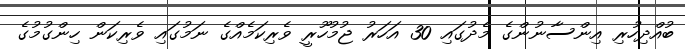
ބުއްދިހުރި އިންސާނުންގެ މެދުގައި 30 އަހަރު ޖުމުހޫރީ ވެރިކަމެއްގެ ނަމުގައި ވެރިކަން ހިންގުމުގެ